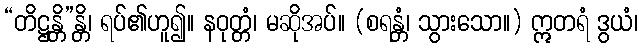
“တိဋ္ဌန္တိ”န္တိ၊ ရပ်၏ဟူ၍။ နဝုတ္တံ၊ မဆိုအပ်။ (စရန္တံ၊ သွားသော။) ဣတရံ ဒွယံ၊